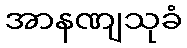
အာနဏျသုခံ